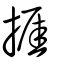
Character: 捱